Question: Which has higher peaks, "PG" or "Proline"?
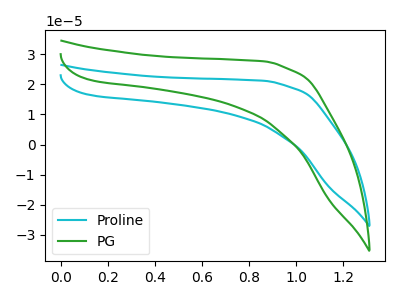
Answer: <think>The cyan curve "Proline" has no peaks. The green curve "PG" has no peaks.</think>
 <answer>Niether CV has any peaks.</answer>
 <eval>blanks</eval>